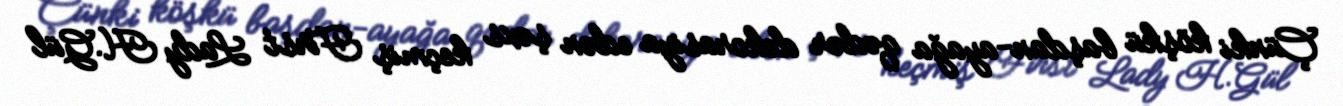
Çünki köşkü başdan-ayağa qədər dekorasiya edən şəxs keçmiş First Lady H.Gül